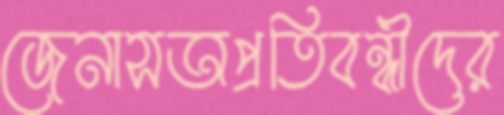
জেনাসঅপ্রতিবন্ধীদের